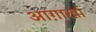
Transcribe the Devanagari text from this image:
आग़ाखां